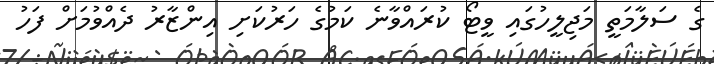
ގެ ސަލާމަތީ މަޖިލީހުގައި ވީޓޯ ކުރައްވާނެ ކަމުގެ ހަރުކަށި އިންޒާރު ދެއްވުމަށް ފަހު